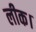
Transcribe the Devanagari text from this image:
लीक।